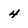
Character: 4